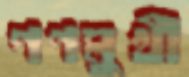
গণমুখী